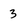
Character: 3